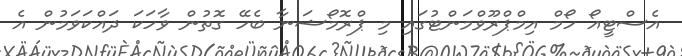
އެސްޓީއޯ ހޯމް އިމްޕްރޫވްމަންޓުގައި މި ޕްރޮމޯޝަނާ ބެހޭ ގޮތުން ވާހަކަ ދައްކަވަމުން އެ